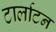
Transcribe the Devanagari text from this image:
टार्लाटन